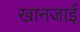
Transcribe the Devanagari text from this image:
खानजाई